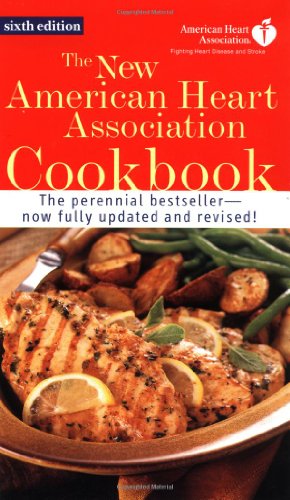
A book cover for The New American Heart Association Cookbook; American Heart Association; Cookbooks, Food & Wine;